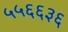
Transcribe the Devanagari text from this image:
५५६६३६